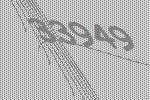
33949